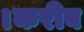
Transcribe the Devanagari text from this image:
।करीब